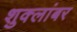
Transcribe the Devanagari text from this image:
शुक्लांबर